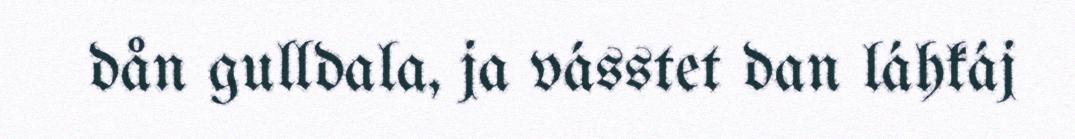
dån gulldala, ja vásstet dan láhkáj